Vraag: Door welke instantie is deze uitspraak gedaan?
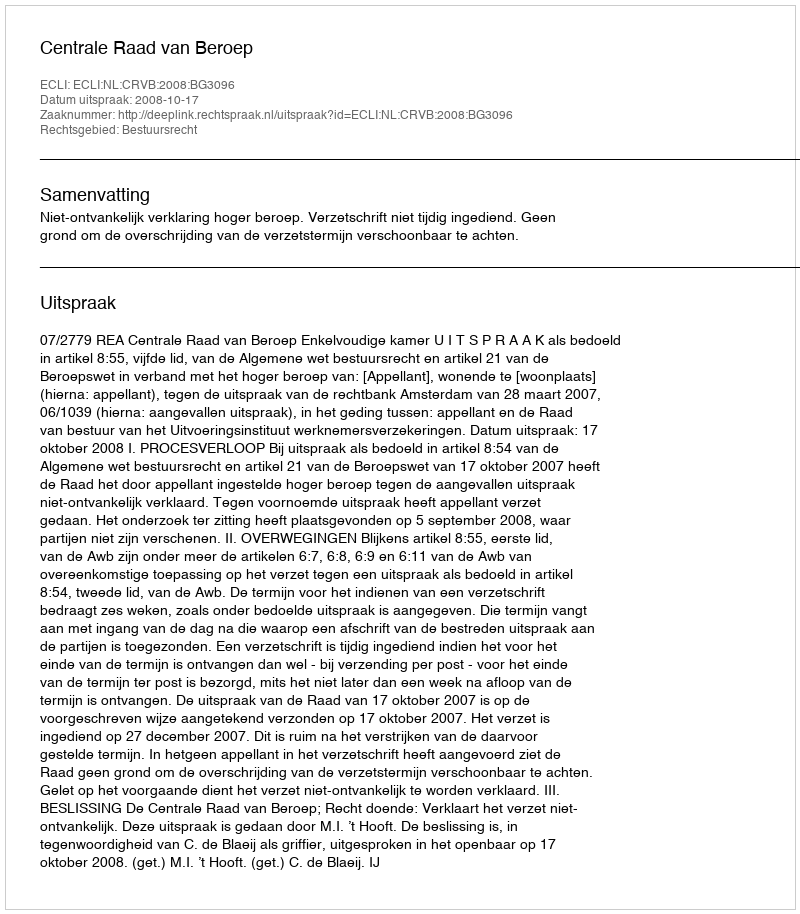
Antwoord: Centrale Raad van Beroep